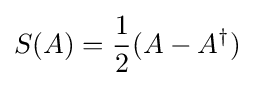
S(A)={\frac {1}{2}}(A-A^{\dagger })